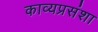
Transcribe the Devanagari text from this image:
काव्यप्रसंशा